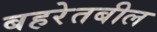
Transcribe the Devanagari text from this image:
बहरेतबील